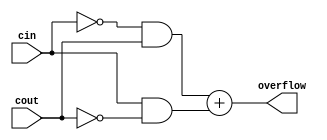
`timescale 1ns / 1ps
//////////////////////////////////////////////////////////////////////////////////
// Company: 
// Engineer: 
// 
// Design Name: 
// Module Name:    OverflowDetection 
// Project Name: 
// Target Devices: 
// Tool versions: 
// Description: 
//
// Dependencies: 
//
// Revision: 
// Revision 0.01 - File Created
// Additional Comments: 
//
//////////////////////////////////////////////////////////////////////////////////
module OverflowDetection(cin, cout, overflow);
	input cin, cout;
	output overflow;
	
	assign overflow = ((~cin) & cout) + (cin & (~cout));

endmodule